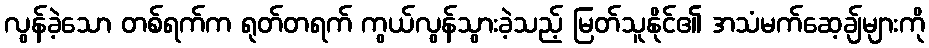
လွန်ခဲ့သော တစ်ရက်က ရုတ်တရက် ကွယ်လွန်သွားခဲ့သည့် မြတ်သူနိုင်၏ အသံမက်ဆေ့ချ်များကို